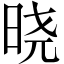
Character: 晓